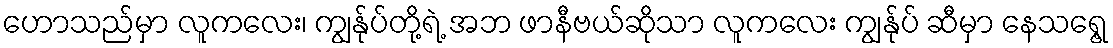
ဟောသည်မှာ လူကလေး၊ ကျွန်ုပ်တို့ရဲ့ အဘ ဖာနီဗယ်ဆိုသာ လူကလေး ကျွန်ုပ် ဆီမှာ နေသရွေ့